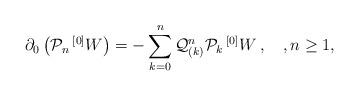
LaTeX: \begin{align*} \partial_0 \left( {\mathcal P}_n \, {^{[0]}W} \right) = - \sum_{k=0}^n {\mathcal Q}^n_{(k)} {\mathcal P}_k\,{^{[0]}W}\, , \quad, n\geq 1,\end{align*}